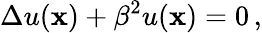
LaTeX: \Delta u({\mathbf x})+\beta^{2}u({\mathbf x})=0\, ,